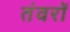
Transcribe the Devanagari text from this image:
तंवरों